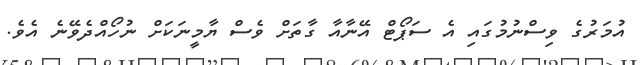
އުމަރުގެ ވިސްނުމުގައި އެ ސަޕޯޓް އޭނާއާ ގާތަށް ވެސް ޔާމީނަކަށް ނުހޯއްދެވޭނެ އެވެ.